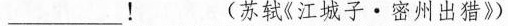
___！ (苏轼《江城子。密州出猎》)